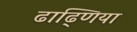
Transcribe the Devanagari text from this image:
ढाढ्णिया